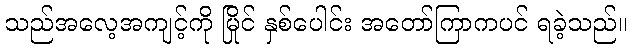
သည်အလေ့အကျင့်ကို မြိုင် နှစ်ပေါင်း အတော်ကြာကပင် ရခဲ့သည်။